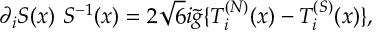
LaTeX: \partial _ { i } S ( x ) \ S ^ { - 1 } ( x ) = 2 \sqrt { 6 } i \tilde { g } \{ { \cal T } _ { i } ^ { ( N ) } ( x ) - { \cal T } _ { i } ^ { ( S ) } ( x ) \} ,